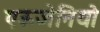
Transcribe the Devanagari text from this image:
एऊजेनियो